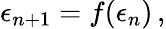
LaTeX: \epsilon_{n+1}=f(\epsilon_{n})\, ,